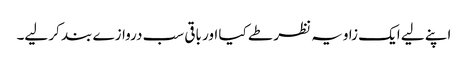
اپنے لیے ایک زاویہ نظر طے کیا اور باقی سب دروازے بند کر لیے۔